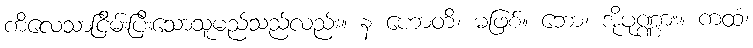
ကိလေသာငြိမ်းပြီးသောသူမည်သည်လည်း။ န ဟောတိ၊ မဖြစ်။ ဘော၊ အိုပုဏ္ဏား။ ကထံ၊